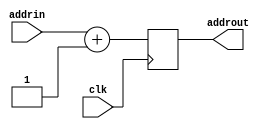
`timescale 1ns / 1ps
//////////////////////////////////////////////////////////////////////////////////
// Company: 
// Engineer: 
// 
// Design Name: 
// Module Name: PC
// Project Name: 
// Target Devices: 
// Tool Versions: 
// Description: 
// 
// Dependencies: 
// 
// Revision:
// Revision 0.01 - File Created
// Additional Comments:
// 
//////////////////////////////////////////////////////////////////////////////////


module PC(
    input clk,
    input [5:0] addrin,
    output [5:0] addrout
    );
    reg [5:0] out;
    assign addrout = out;
    always @ (posedge clk) begin
        out = addrin + 1;
    end
endmodule